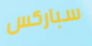
سباركس